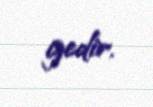
gedir.